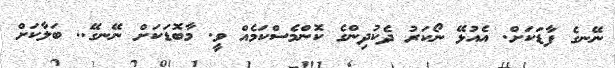
ނޭނގެ ފާޑަކަށް. އެއުޅޭ ނޯކަރު ދެކުދިންގެ ކޮންމެސްކަމެއް ވީ. މާބޮޑަކަށް ނޭނގޭ.. ބަލާކަށް